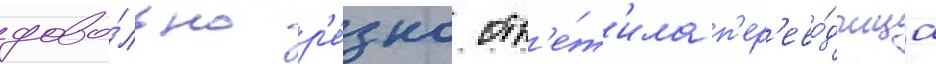
дово́льно р'е́зко отв'е́т'ила п'ер'ево́дчица